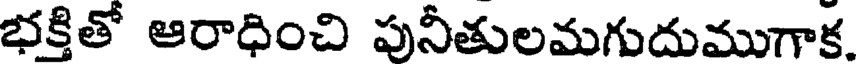
భక్తితో ఆరాధించి పునీతులమగుదుముగాక.